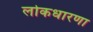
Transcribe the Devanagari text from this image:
लोकधारणा